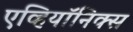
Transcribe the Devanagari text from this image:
एव्हियॉनिक्स